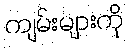
ကျမ်းများကို